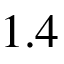
1 . 4